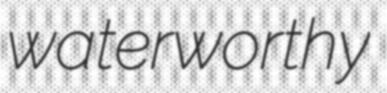
waterworthy